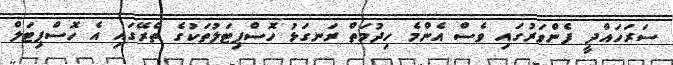
ސަރަހައްދީ ފެންވަރުގައި ވެސް އެންމެ ހިދުމަތް ރަނގަޅު ހޮސްޕިޓަލުތަކުގެ ތެރޭގައި އެ ހޮސްޕިޓަލް